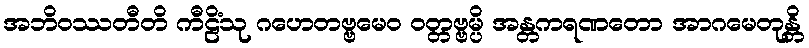
အဘိဝဿတီတိ ကီဠိံသု ဂဟေတဗ္ဗမေဝ ဝတ္တဗ္ဗမ္ပိ အန္တကရဏတော အာဂမေတုန္တိ